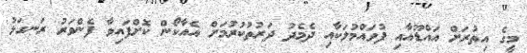
މީގެ އިތުރަށް އައްޑޫއާއި ފުވައްމުލަކާއި ދެމެދު ދަރުތުކުރުމަށް އެއާކޯން ކޮށްފައިވާ ފެންވަރު ރަނގަޅު